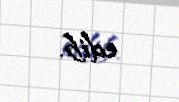
edib.